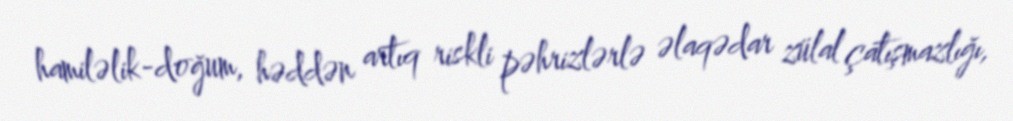
hamiləlik-doğum, həddən artıq riskli pəhrizlərlə əlaqədar zülal çatışmazlığı,